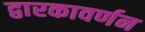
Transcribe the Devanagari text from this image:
द्वारकावर्णन